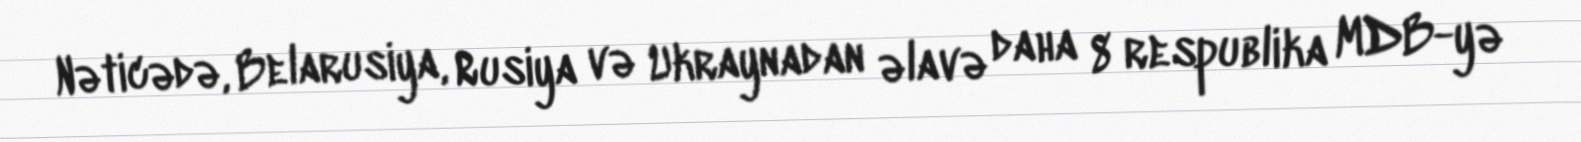
Nəticədə, Belarusiya, Rusiya və Ukraynadan əlavə daha 8 respublika MDB-yə